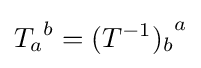
{T_{a}}^{b}={(T^{-1})_{b}}^{a}